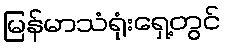
မြန်မာသံရုံးရှေ့တွင်